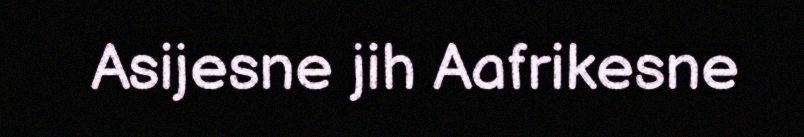
Asijesne jih Aafrikesne